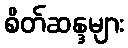
စိတ်ဆန္ဒများ